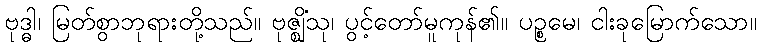
ဗုဒ္ဓါ၊ မြတ်စွာဘုရားတို့သည်။ ဗုဇ္ဈိံသု၊ ပွင့်တော်မူကုန်၏။ ပဉ္စမေ၊ ငါးခုမြောက်သော။